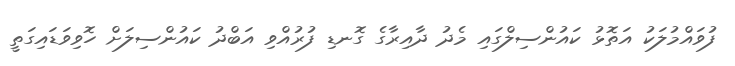
ފުވައްމުލަކު އަތޮޅު ކައުންސިލްގައި މެދު ދާއިރާގެ ގޮނޑި ފުރުއްވި އަބްދު ކައުންސިލަށް ހޮވިވަޑައިގަތީ